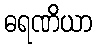
ဓရဏိယာ